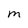
Character: M